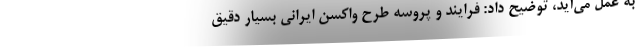
به عمل می‌آید، توضیح داد: فرایند و پروسه طرح واکسن ایرانی بسیار دقیق